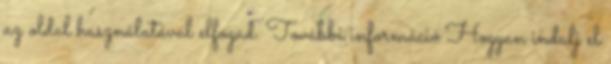
az oldal használatával elfogad. További információ Hogyan indulj el